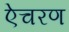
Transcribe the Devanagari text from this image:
ऐचरण